Indian journal of veterinary science and animal husbandry - Volume 12,
Year: 1942
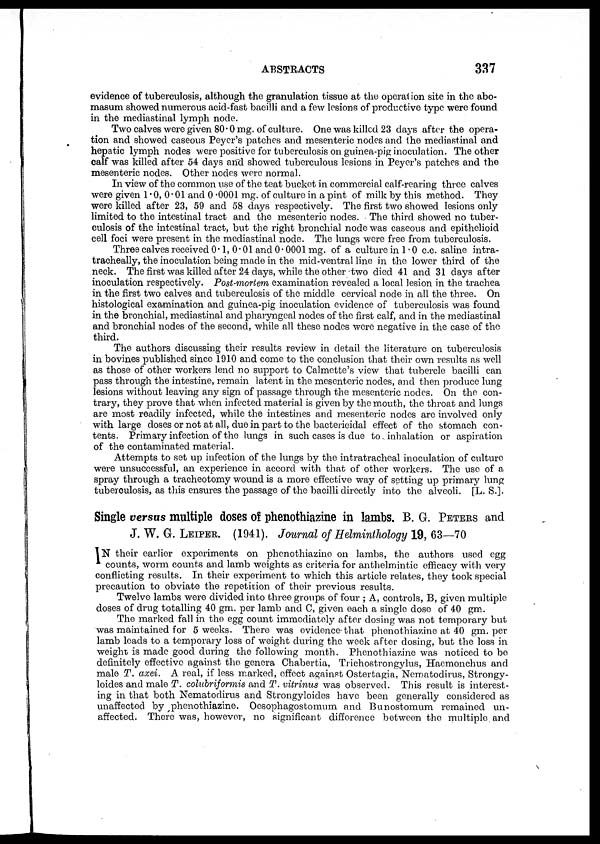
ABSTRACTS
337
evidence of tuberculosis, although the granulation tissue at the operation site in the abo-
masum showed numerous acid-fast bacilli and a few lesions of productive type were found
in the mediastinal lymph node.
Two calves were given 80.0 mg. of culture. One was killed 23 days after the opera-
tion and showed caseous Peyer's patches and mesenteric nodes and the mediastinal and
hepatic lymph nodes were positive for tuberculosis on guinea-pig inoculation. The other
calf was killed after 54 days and showed tuberculous lesions in Peyer's patches and the
mesenteric nodes. Other nodes were normal.
In view of the common use of the teat bucket in commercial calf-rearing three calves
were given 1.0, 0.01 and 0.0001 mg. of culture in a pint of milk by this method. They
were killed after 23, 59 and 58 days respectively. The first two showed lesions only
limited to the intestinal tract and the mesenteric nodes. The third showed no tuber-
culosis of the intestinal tract, but the right bronchial node was caseous and epithelioid
cell foci were present in the mediastinal node. The lungs were free from tuberculosis.
Three calves received 0.1, 0.01 and 0.0001 mg. of a culture in 1.0 c.c. saline intra-
tracheally, the inoculation being made in the mid-ventral line in the lower third of the
neck. The first was killed after 24 days, while the other -two died 41 and 31 days after
inoculation respectively. Post-mortem examination revealed a local lesion in the trachea
in the first two calves and tuberculosis of the middle cervical node in all the three. On
histological examination and guinea-pig inoculation evidence of tuberculosis was found
in the bronchial, mediastinal and pharyngeal nodes of the first calf, and in the mediastinal
and bronchial nodes of the second, while all these nodes were negative in the case of the
third.
The authors discussing their results review in detail the literature on tuberculosis
in bovines published since 1910 and come to the conclusion that their own results as well
as those of other workers lend no support to Calmette's view that tubercle bacilli can
pass through the intestine, remain latent in the mesenteric nodes, and then produce lung
lesions without leaving any sign of passage through the mesenteric nodes. On the con-
trary, they prove that when infected material is given by the mouth, the throat and lungs
are most readily infected, while the intestines and mesenteric nodes are involved only
with large doses or not at all, due in part to the bactericidal effect of the stomach con-
tents. Primary infection of the lungs in such cases is due to., inhalation or aspiration
of the contaminated material.
Attempts to set up infection of the lungs by the intratracheal inoculation of culture
were unsuccessful, an experience in accord with that of other workers. The use of a
spray through a tracheotomy wound is a more effective way of setting up primary lung
tuberculosis, as this ensures the passage of the bacilli directly into the alveoli. [L. S.].
Single versus multiple doses of phenothiazine in lambs. B. G. PETERS and
J. W. G. LEIPER. (1941). Journal of Helminthology 19, 63—70
IN their earlier experiments on phenothiazine on lambs, the authors used egg
counts, worm counts and lamb weights as criteria for anthelmintic efficacy with very
conflicting results. In their experiment to which this article relates, they took special
precaution to obviate the repetition of their previous results.
Twelve lambs were divided into three groups of four ; A, controls, B, given multiple
doses of drug totalling 40 gm. per lamb and C, given each a single dose of 40 gm.
The marked fall in the egg count immediately after dosing was not temporary but
was maintained for 5 weeks. There was evidence that phenothiazine at 40 gm. per
lamb leads to a temporary loss of weight during the week after dosing, but the loss in
weight is made good during the following month. Phenothiazine was noticed to be
definitely effective against the genera Chabertia, Trichostrongylus, Haemonchus and
male T. axei. A real, if less marked, effect against Ostertagia, Nematodirus, Strongy-
loides and male T. colubriformis and T. vitrinus was observed. This result is interest-
ing in that both Nematodirus and Strongyloides have been generally considered as
unaffected by phenothiazine. Oesophagostomum and Bunostomum remained un-
affected. There was, however, no significant difference between the multiple.and